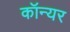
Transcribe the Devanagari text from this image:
कॉन्यर